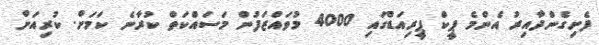
ފެށިގެންދާއިރު އެންމެ ޕީކް ޕީރިއަޑްގައި 4000 މުވައްޒަފުން މަސައްކަތް ކުރާނެ ކަމަށް. ކުރިއަށް